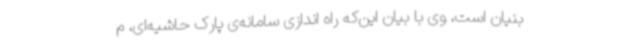
بنیان است، وی با بیان این‌که راه اندازی سامانه‌ی پارک حاشیه‌ای، م